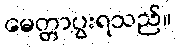
မေတ္တာပွးရသည်။